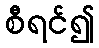
စီရင်၍